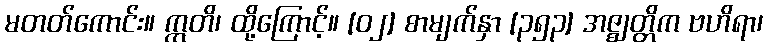
မတတ်ကောင်း။ ဣတိ၊ ထို့ကြောင့်။ [၀၂] စာမျက်နှာ [၃၅၃] အဇ္ဈတ္တိက ဗဟိရာ၊